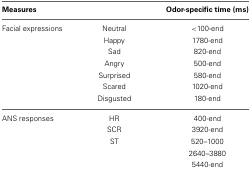
<table><thead><tr><td colspan="2"><b>Measures</b></td><td><b>Odor-specific time (ms)</b></td></tr></thead><tbody><tr><td>Facial expressions</td><td>Neutral</td><td>&lt;100-end</td></tr><tr><td></td><td>Happy</td><td>1780-end</td></tr><tr><td></td><td>Sad</td><td>820-end</td></tr><tr><td></td><td>Angry</td><td>500-end</td></tr><tr><td></td><td>Surprised</td><td>580-end</td></tr><tr><td></td><td>Scared</td><td>1020-end</td></tr><tr><td></td><td>Disgusted</td><td>180-end</td></tr><tr><td>ANS responses</td><td>HR</td><td>400-end</td></tr><tr><td></td><td>SCR</td><td>3920-end</td></tr><tr><td></td><td>ST</td><td>520–1000</td></tr><tr><td></td><td></td><td>2640–3880</td></tr><tr><td></td><td></td><td>5440-end</td></tr></tbody></table>